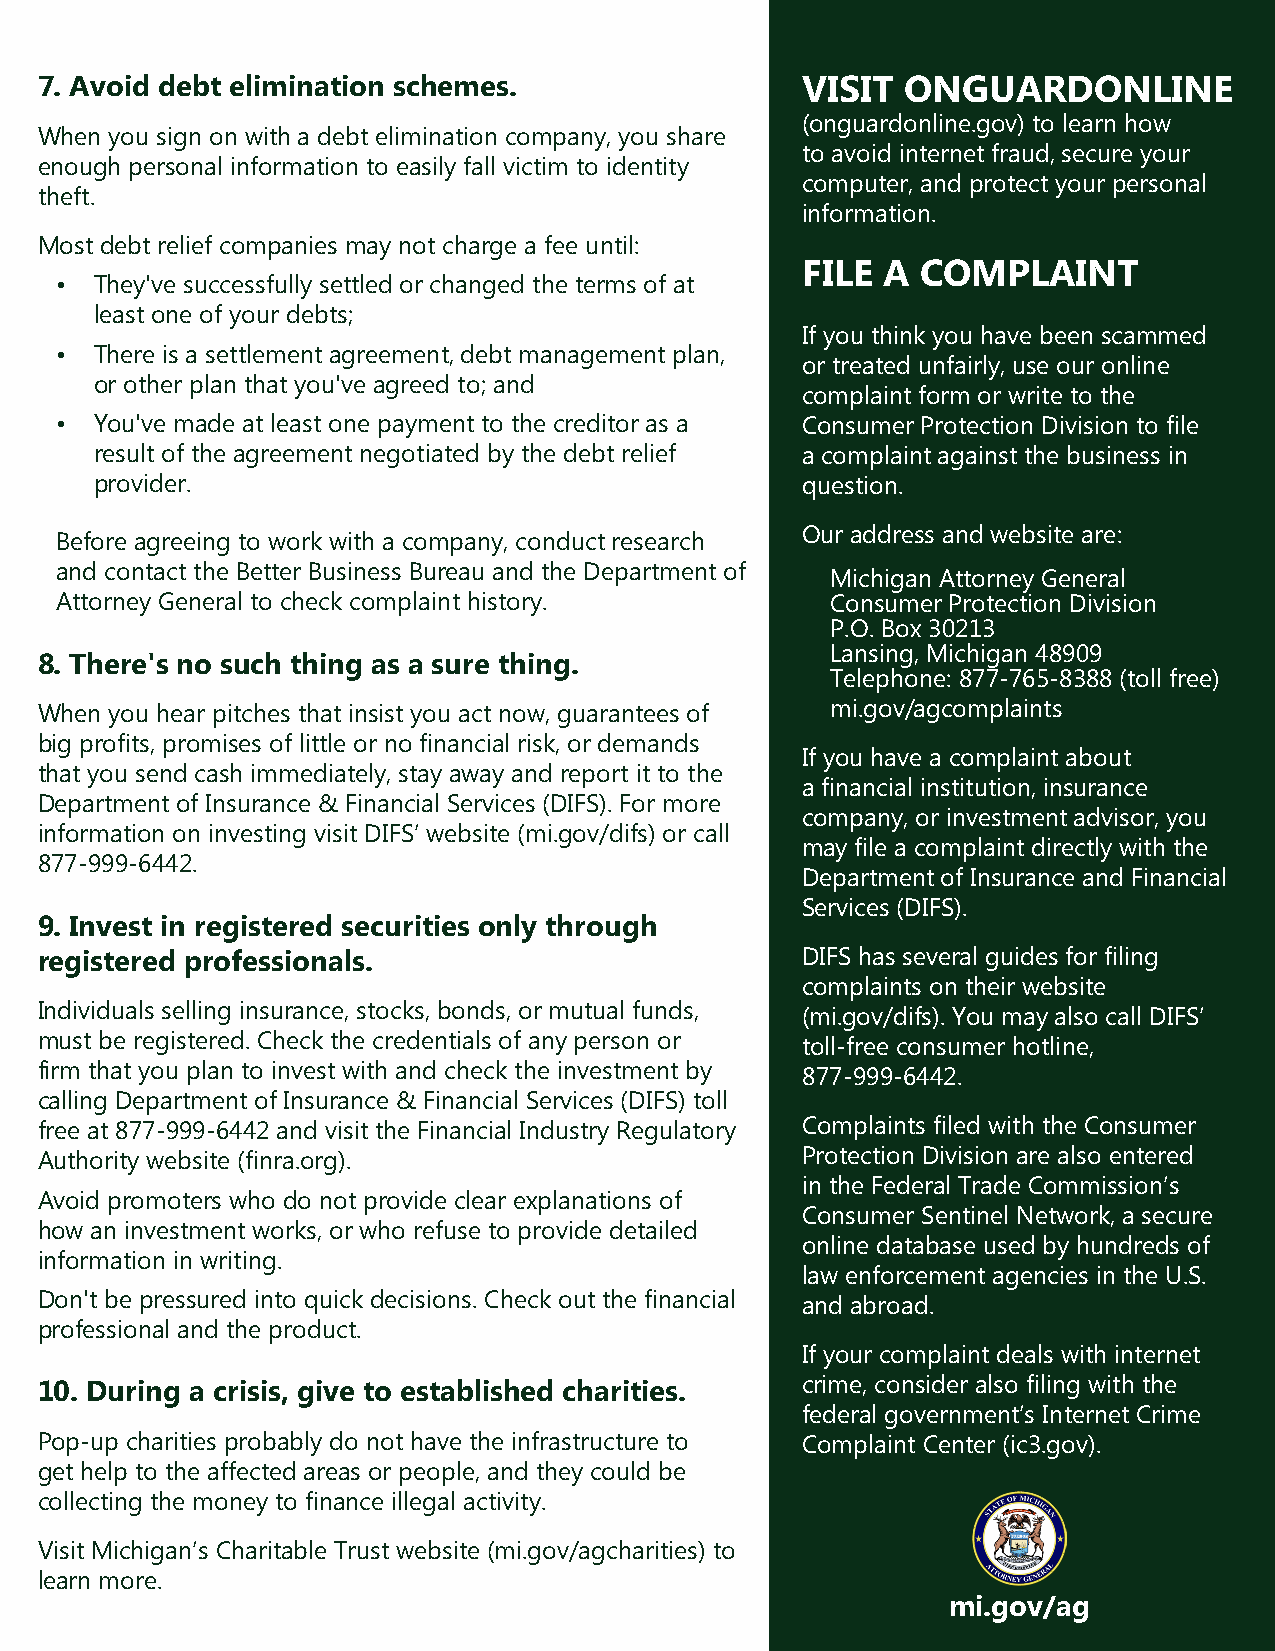
7. Avoid debt elimination schemes.                 VISIT  ONGUARDONLINE
 (onguardonline.gov) to learn how
 When you sign on with a debt elimination company, you share
 to avoid internet fraud, secure your
 enough personal information to easily fall victim to identity
 computer, and protect your personal
 theft.
 information.
 Most debt relief companies may not charge a fee until:
 FILE A  COMPLAINT
 • They've successfully settled or changed the terms of at
 least one of your debts;
 If you think you have been scammed
 • There is a settlement agreement, debt management plan,
 or treated unfairly, use our online
 or other plan that you've agreed to; and
 complaint form or write to the
 • You've made at least one payment to the creditor as a Consumer Protection Division to file
 result of the agreement negotiated by the debt relief a complaint against the business in
 provider.                                      question.
 Our address and website are:
 Before agreeing to work with a company, conduct research
 and contact the Better Business Bureau and the Department of
 Michigan Attorney General
 Attorney General to check complaint history.       Consumer Protection Division
 P.O. Box 30213
 Lansing, Michigan 48909
 8. There's no such thing as a sure thing.
 Telephone: 877-765-8388 (toll free)
 When you hear pitches that insist you act now, guarantees of mi.gov/agcomplaints
 big profits, promises of little or no financial risk, or demands
 If you have a complaint about
 that you send cash immediately, stay away and report it to the
 a financial institution, insurance
 Department of Insurance & Financial Services (DIFS). For more
 company, or investment advisor, you
 information on investing visit DIFS’ website (mi.gov/difs) or call
 may file a complaint directly with the
 877-999-6442.
 Department of Insurance and Financial
 Services (DIFS).
 9. Invest in registered securities only through
 registered professionals.                          DIFS has several guides for filing
 complaints on their website
 Individuals selling insurance, stocks, bonds, or mutual funds, (mi.gov/difs). You may also call DIFS’
 must be registered. Check the credentials of any person or toll-free consumer hotline,
 firm that you plan to invest with and check the investment by 877-999-6442.
 calling Department of Insurance & Financial Services (DIFS) toll
 free at 877-999-6442 and visit the Financial Industry Regulatory Complaints filed with the Consumer
 Authority website (finra.org).                     Protection Division are also entered
 in the Federal Trade Commission’s
 Avoid promoters who do not provide clear explanations of
 Consumer Sentinel Network, a secure
 how an investment works, or who refuse to provide detailed
 online database used by hundreds of
 information in writing.
 law enforcement agencies in the U.S.
 Don't be pressured into quick decisions. Check out the financial and abroad.
 professional and the product.
 If your complaint deals with internet
 10. During a crisis, give to established charities. crime, consider also filing with the
 federal government’s Internet Crime
 Pop-up charities probably do not have the infrastructure to Complaint Center (ic3.gov).
 get help to the affected areas or people, and they could be
 collecting the money to finance illegal activity.
 Visit Michigan’s Charitable Trust website (mi.gov/agcharities) to
 learn more.
 mi.gov/ag